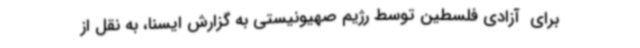
برای  آزادی فلسطین توسط رژیم صهیونیستی به گزارش ایسنا، به نقل از